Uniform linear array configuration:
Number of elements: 12
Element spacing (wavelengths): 1
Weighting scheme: uniform
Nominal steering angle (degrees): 60
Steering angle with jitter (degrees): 59.57
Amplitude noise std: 0.05
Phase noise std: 0.05

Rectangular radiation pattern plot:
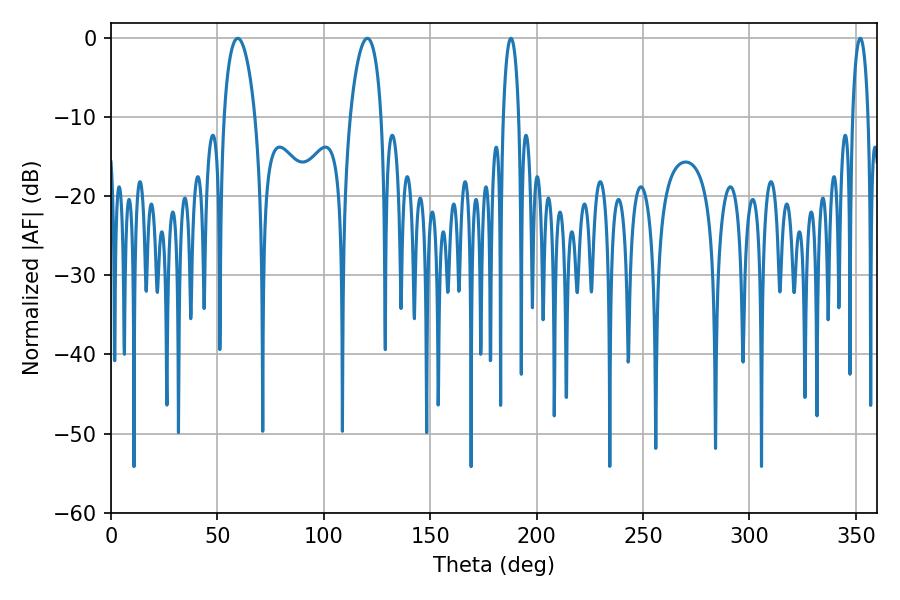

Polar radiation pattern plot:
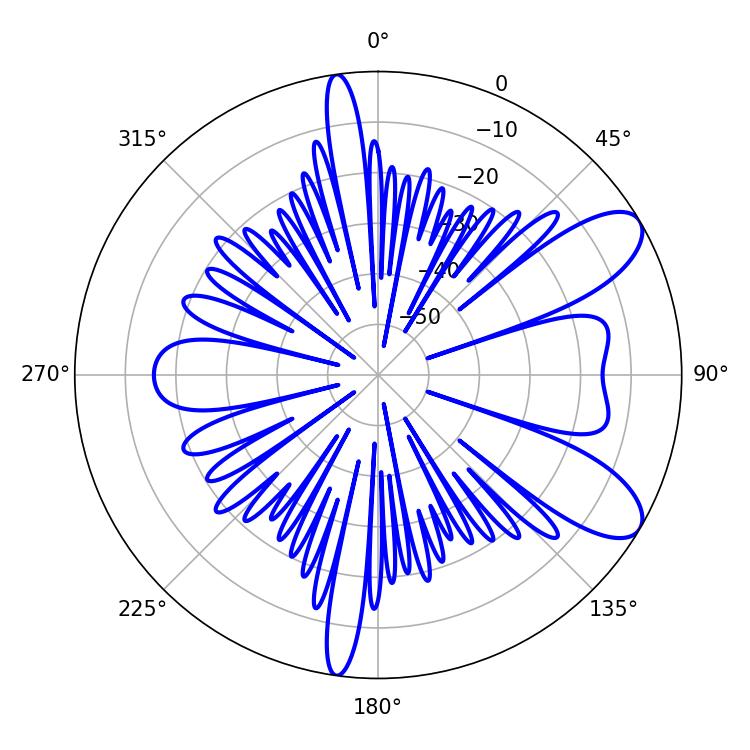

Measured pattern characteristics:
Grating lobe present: TRUE
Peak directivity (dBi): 8.966
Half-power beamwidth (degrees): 4.14
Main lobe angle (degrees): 187.92